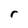
Character: r